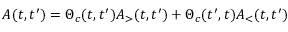
A ( t , t ^ { \prime } ) = \Theta _ { c } ( t , t ^ { \prime } ) A _ { > } ( t , t ^ { \prime } ) + \Theta _ { c } ( t ^ { \prime } , t ) A _ { < } ( t , t ^ { \prime } )